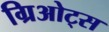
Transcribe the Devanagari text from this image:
ग्रिओट्स